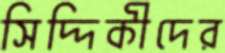
সিদ্দিকীদের